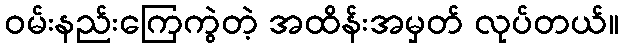
ဝမ်းနည်းကြေကွဲတဲ့ အထိန်းအမှတ် လုပ်တယ်။